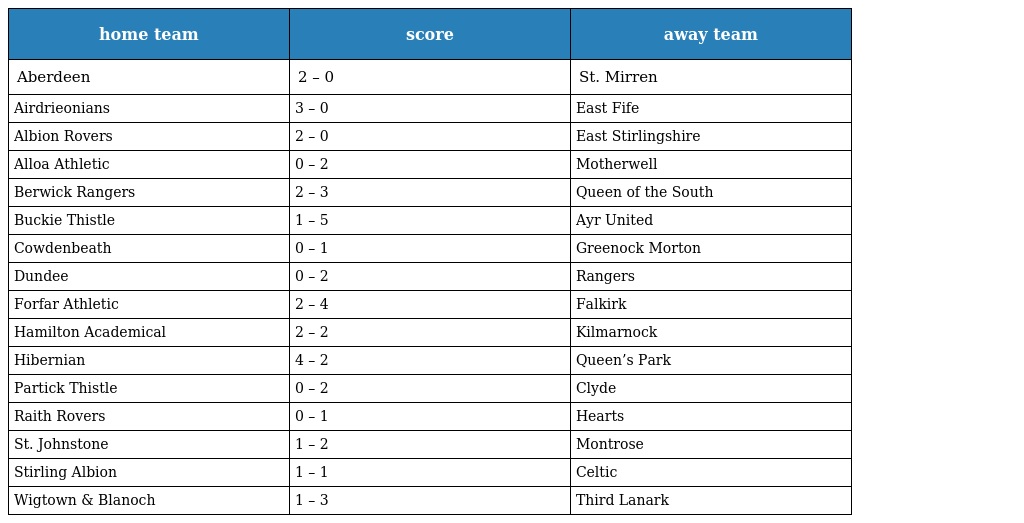
| home team | score | away team |
 | --- | --- | --- |
 | Aberdeen | 2 – 0 | St. Mirren |
 | Airdrieonians | 3 – 0 | East Fife |
 | Albion Rovers | 2 – 0 | East Stirlingshire |
 | Alloa Athletic | 0 – 2 | Motherwell |
 | Berwick Rangers | 2 – 3 | Queen of the South |
 | Buckie Thistle | 1 – 5 | Ayr United |
 | Cowdenbeath | 0 – 1 | Greenock Morton |
 | Dundee | 0 – 2 | Rangers |
 | Forfar Athletic | 2 – 4 | Falkirk |
 | Hamilton Academical | 2 – 2 | Kilmarnock |
 | Hibernian | 4 – 2 | Queen’s Park |
 | Partick Thistle | 0 – 2 | Clyde |
 | Raith Rovers | 0 – 1 | Hearts |
 | St. Johnstone | 1 – 2 | Montrose |
 | Stirling Albion | 1 – 1 | Celtic |
 | Wigtown & Blanoch | 1 – 3 | Third Lanark |